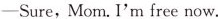
-Sure, Mom. I'm free now.